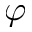
\varphi